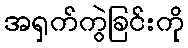
အရှက်ကွဲခြင်းကို